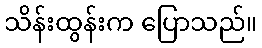
သိန်းထွန်းက ပြောသည်။